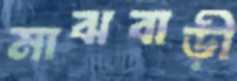
মাঝবাড়ী